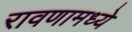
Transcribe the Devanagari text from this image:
रावणामध्ये